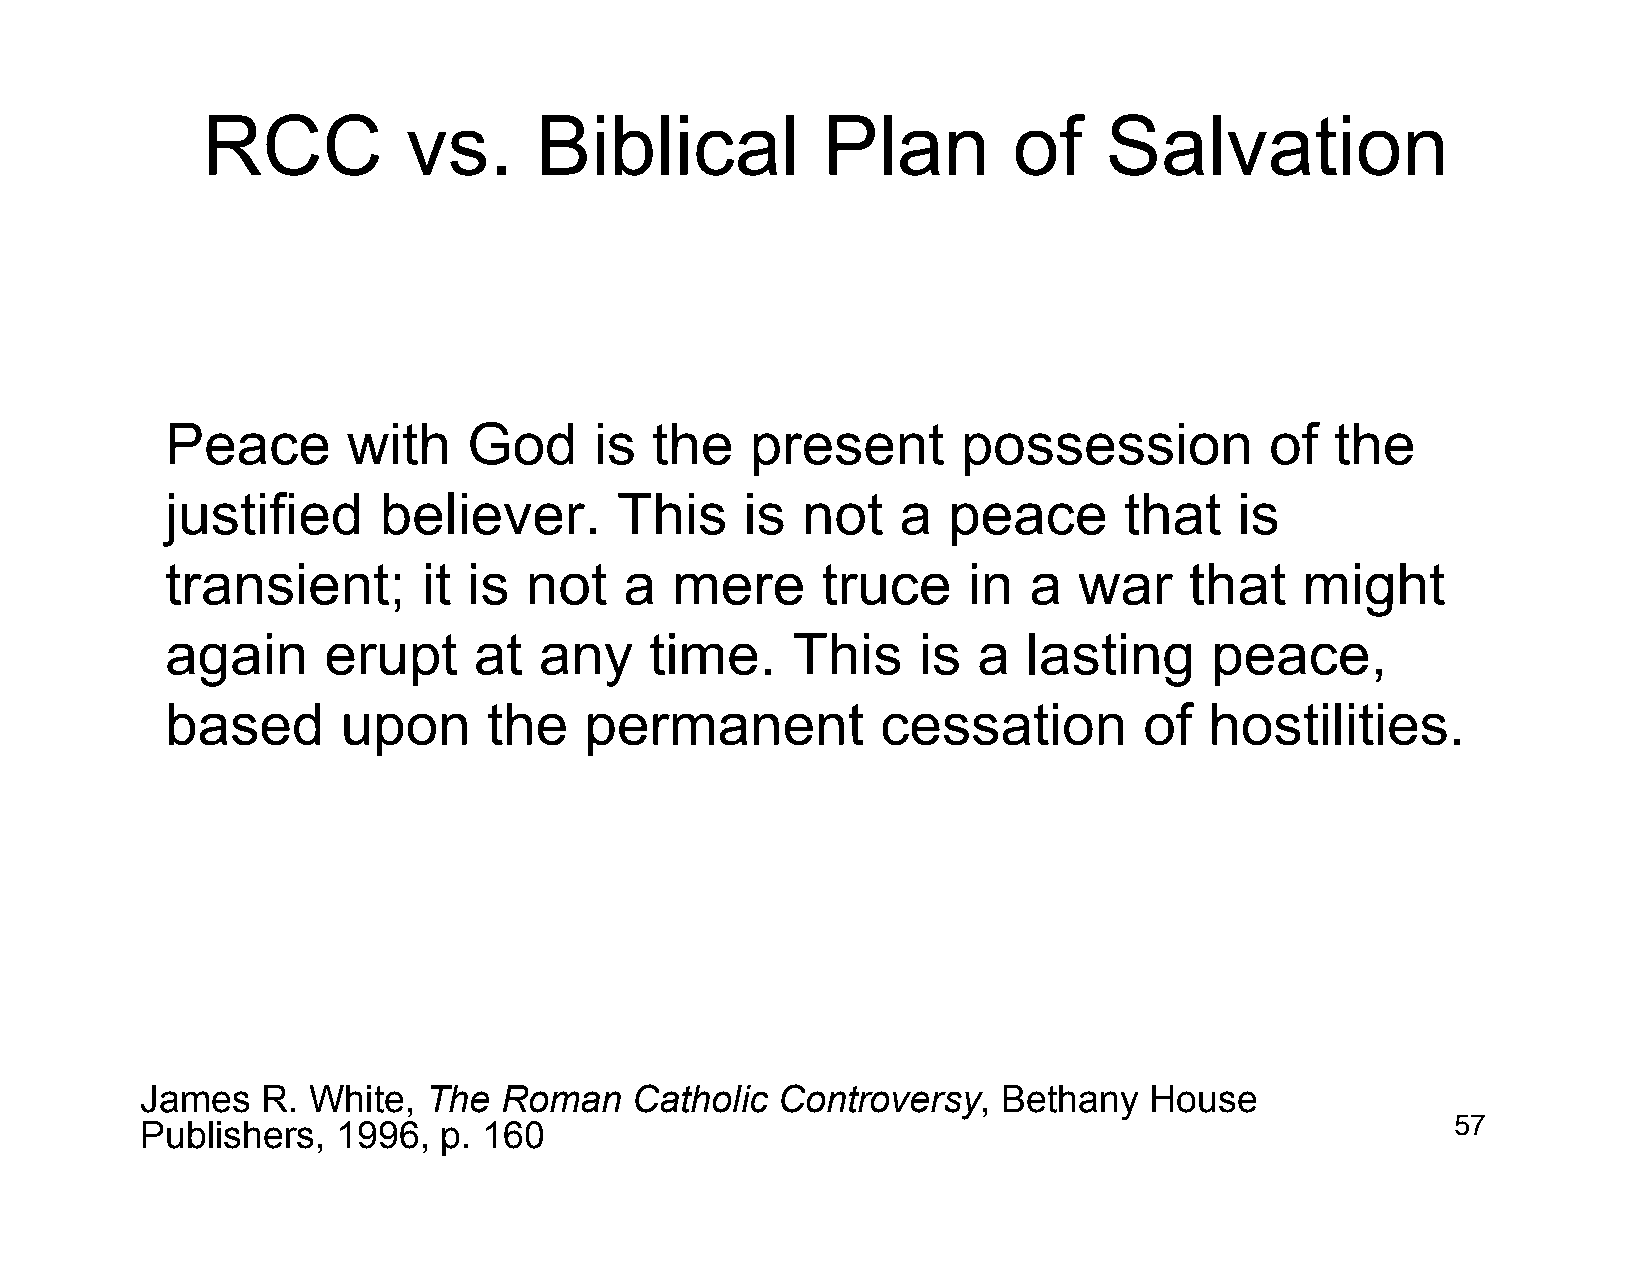
RCC           vs.     Biblical           Plan         of    Salvation
 Peace       with    God     is  the    present       possession          of  the
 justified     believer.       This    is  not    a  peace      that    is
 transient;       it is  not   a  mere      truce     in  a  war     that   might
 again     erupt     at   any    time.    This     is  a  lasting     peace,
 based       upon     the    permanent          cessation         of  hostilities.
 James   R. White,  The  Roman    Catholic Controversy,   Bethany   House
 Publishers,  1996,  p. 160                                                             57